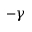
- \gamma